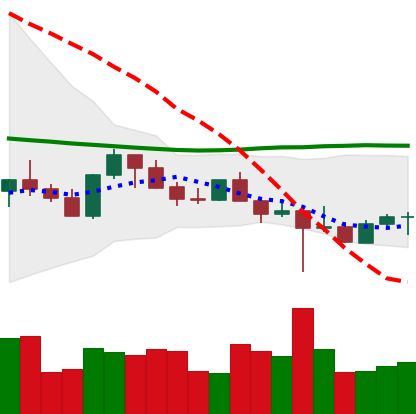
Ticker: LTC-USD
Chart end date: 2022-10-18
Forward return: 3.997%
Label: up_3_5